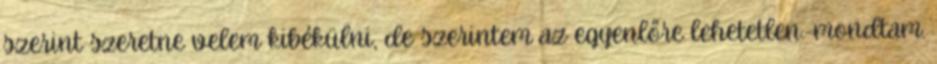
szerint szeretne velem kibékülni, de szerintem az egyenlőre lehetetlen.-mondtam.